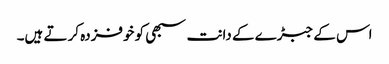
اس کے جبڑے کے دانت سبھی کو خوفزدہ کر تے ہیں۔